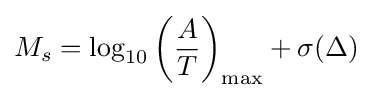
M_{s}=\log _{10}\left({\frac {A}{T}}\right)_{\text{max}}+\sigma (\Delta )